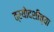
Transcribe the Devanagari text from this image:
त्रयोदशीच्या